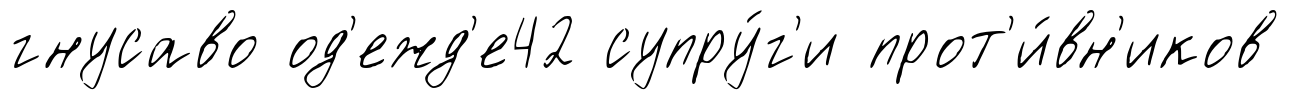
гнусаво од'ежд'е42 супру́г'и прот'и́вн'иков